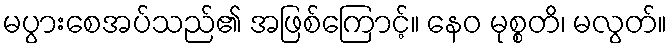
မပွားစေအပ်သည်၏ အဖြစ်ကြောင့်။ နေဝ မုစ္စတိ၊ မလွတ်။